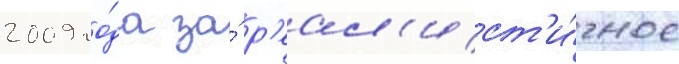
2009 го́да за́ р'еал'ист'и́чное